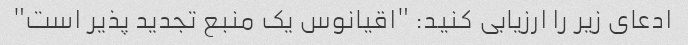
ادعای زیر را ارزیابی کنید: "اقیانوس یک منبع تجدید پذیر است"